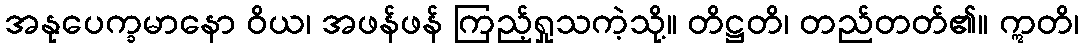
အနုပေက္ခမာနော ဝိယ၊ အဖန်ဖန် ကြည့်ရှုသကဲ့သို့။ တိဋ္ဌတိ၊ တည်တတ်၏။ ဣတိ၊